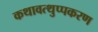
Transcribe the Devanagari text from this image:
कथावत्थुप्पकरण